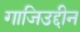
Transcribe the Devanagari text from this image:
गाजिउद्दीन